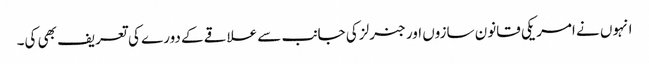
انہوں نے امریکی قانون سازوں اور جنرلز کی جانب سے علاقے کے دورے کی تعریف بھی کی۔